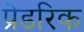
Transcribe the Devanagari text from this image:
प्रेडरिक